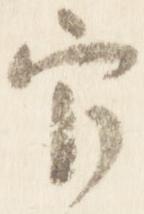
官